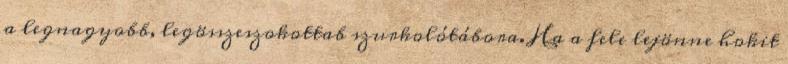
a legnagyobb, legösszeszokottab szurkolótábora. Ha a fele lejönne hokit